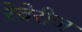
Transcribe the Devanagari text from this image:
रेवेरीज